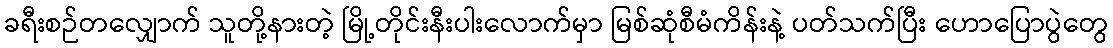
ခရီးစဉ်တလျှောက် သူတို့နားတဲ့ မြို့တိုင်းနီးပါးလောက်မှာ မြစ်ဆုံစီမံကိန်းနဲ့ ပတ်သက်ပြီး ဟောပြောပွဲတွေ